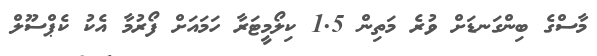
މާސްގެ ބިންގަނޑަށް ވުރެ މަތިން 1.5 ކިލޯމީޓަރާ ހަމައަށް ފޯރުމާ އެކު ކެޕްސޫލް